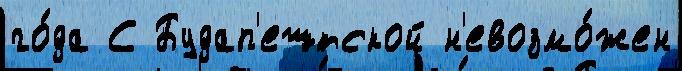
го́да С Будап'ештской н'евозмо́жен